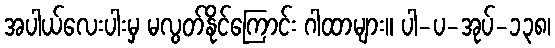
အပါယ်လေးပါးမှ မလွတ်နိုင်ကြောင်း ဂါထာများ။ ပါ-ပ-အုပ်-၁၃၈၊